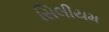
સિલીયમ